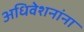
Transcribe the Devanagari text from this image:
अधिवेशनांना